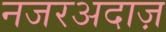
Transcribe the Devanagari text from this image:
नजरअदाज़